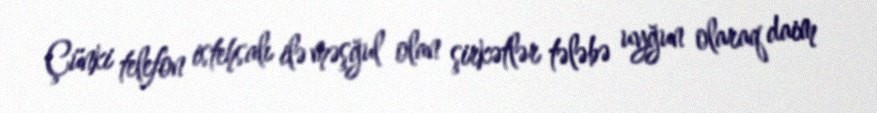
Çünki telefon istehsalı ilə məşğul olan şirkətlər tələbə uyğun olaraq daim